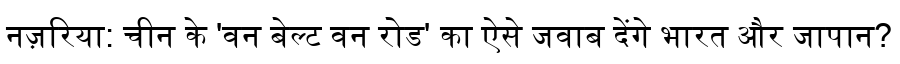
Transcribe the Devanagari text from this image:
नज़रिया: चीन के 'वन बेल्ट वन रोड' का ऐसे जवाब देंगे भारत और जापान?